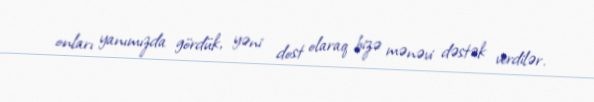
onları yanımızda gördük, yəni dost olaraq bizə mənəvi dəstək verdilər.